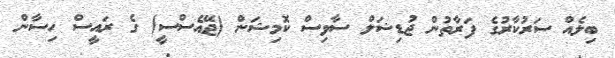
ބިލެއް ސަރުކާރުގެ ފަރާތުން ޖުޑިޝަލް ސާވިސް ކޮމިޝަން (ޖޭއެސްސީ) ގެ ރައީސް ހިސާން